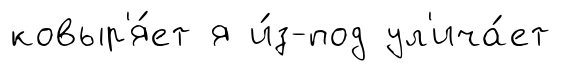
ковыр'я́ет я и́з-под ул'ича́ет